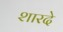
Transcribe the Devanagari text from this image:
शारदे